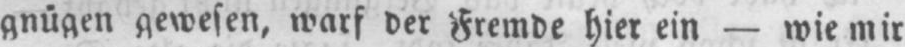
gnügen gewesen, warf der Fremde hier ein - wie mir